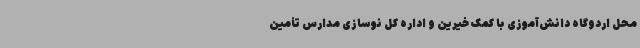
محل اردوگاه دانش‌آموزی با کمک خیرین و اداره کل نوسازی مدارس تأمین